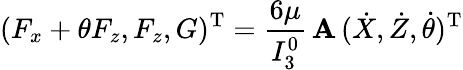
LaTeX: (F_{x}+\theta F_{z},F_{z},G)^{\mathrm{T}}=\frac{6\mu}{I_{3}^{0}}\, {\mathbf A}\, (\dot{X},\dot{Z},\dot{\theta})^{\mathrm{T}}